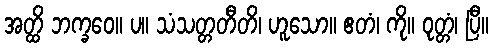
အတ္ထိ ဘက္ခဝေ။ ပ။ သံသတ္တတီတိ၊ ဟူသော။ ဧတံ၊ ကို။ ဝုတ္တံ၊ ပြီ။